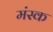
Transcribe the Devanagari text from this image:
मंस्क